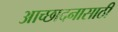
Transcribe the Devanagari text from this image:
आच्छादनासाठी